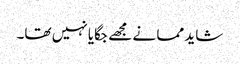
شاید مما نے مجھے جگایا نہیں تھا۔